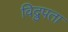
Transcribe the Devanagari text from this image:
विद्रुपता